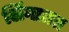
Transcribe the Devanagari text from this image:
लिंगातत